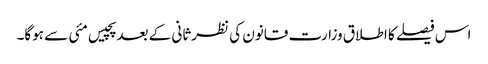
اس فیصلے کا اطلاق وزارت قانون کی نظرثانی کے بعد پچیس مئی سے ہوگا۔